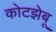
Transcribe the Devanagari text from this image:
कोटझेबू